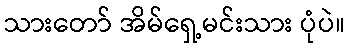
သားတော် အိမ်ရှေ့မင်းသား ပုံပဲ။